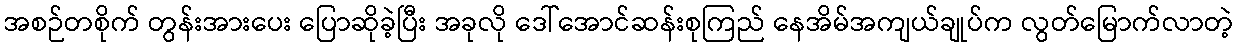
အစဉ်တစိုက် တွန်းအားပေး ပြောဆိုခဲ့ပြီး အခုလို ဒေါ်အောင်ဆန်းစုကြည် နေအိမ်အကျယ်ချုပ်က လွတ်မြောက်လာတဲ့